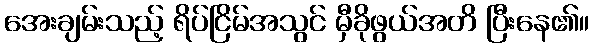
အေးချမ်းသည့် ရိပ်ငြိမ်အသွင် မှီခိုဖွယ်အတိ ပြီးနေ၏။